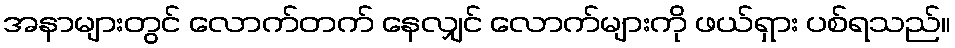
အနာများတွင် လောက်တက် နေလျှင် လောက်များကို ဖယ်ရှား ပစ်ရသည်။